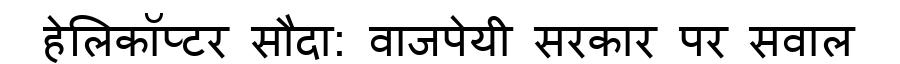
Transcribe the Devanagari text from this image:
हेलिकॉप्टर सौदा: वाजपेयी सरकार पर सवाल